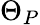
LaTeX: \Theta_{P}